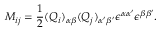
M _ { i j } = \frac { 1 } { 2 } ( Q _ { i } ) _ { \alpha \beta } ( Q _ { j } ) _ { \alpha ^ { \prime } \beta ^ { \prime } } \epsilon ^ { \alpha \alpha ^ { \prime } } \epsilon ^ { \beta \beta ^ { \prime } } . \nonumber